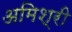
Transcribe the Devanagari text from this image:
अमिश्री